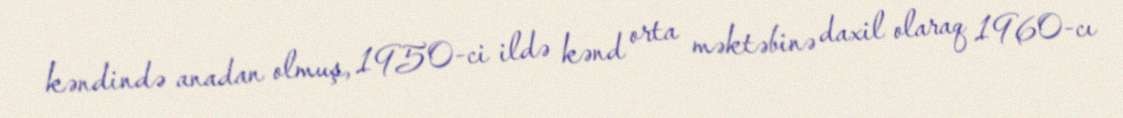
kəndində anadan olmuş, 1950-ci ildə kənd orta məktəbinə daxil olaraq 1960-cı